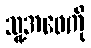
သူ့အဖေကို